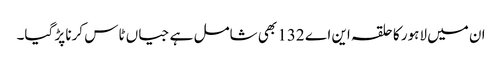
ان میں لاہور کا حلقہ این اے 132 بھی شامل ہے جیاں ٹاس کرنا پڑ گیا۔